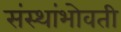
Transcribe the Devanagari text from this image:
संस्थांभोवती